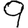
Digit: 9